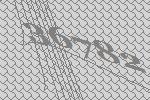
36782